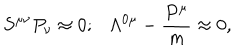
S ^ { \mu \nu } P _ { \nu } \approx 0 ; \Lambda ^ { 0 \mu } - { \frac { P ^ { \mu } } { m } } \approx 0 ,